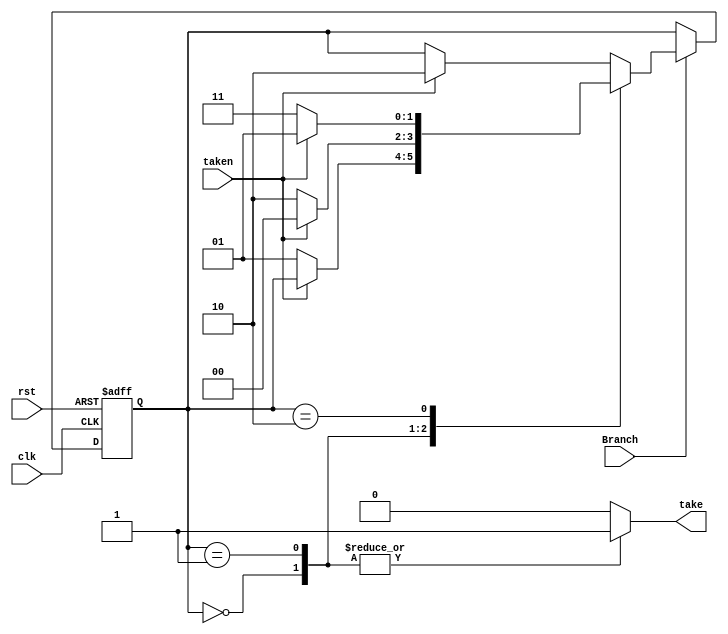
module BranchPrd(
	clk,
	rst,
	taken,
	take,
	Branch
);
//input output
	input clk;
	input rst;
	input taken;
	input Branch;
	output take;
//regwire
	reg[1:0] state_r,state_w;
	reg take_r;
//combinational
	assign take = take_r;

	always@(*) begin
		if(!Branch) begin
			state_w = state_r;
		end
		else begin
			case(state_r)
				2'b00: begin
					take_r = 1'b1;
					if(taken)
						state_w = state_r;
					else
						state_w = 2'b01;
				end
				2'b01: begin
					take_r = 1'b1;
					if(taken)
						state_w = 2'b00;
					else
						state_w = 2'b10;
				end
				2'b10: begin
					take_r = 1'b0;
					if(taken)
						state_w = 2'b01;
					else
						state_w = 2'b11;
				end	
				default: begin
					take_r = 1'b0;
					if(taken)
						state_w = 2'b10;
 	 				else
						state_w = state_r;
					end
			endcase
		end
		case(state_r)
			2'b00:take_r = 1'b1;
			2'b01:take_r = 1'b1;
			2'b10:take_r = 1'b0;
			default:take_r = 1'b0;
		endcase
	end
//sequential
	always@(posedge clk or negedge rst) begin
		if(!rst) begin
			state_r <= 2'b11;
		end
		else begin
			state_r <= state_w;
		end
	end
endmodule